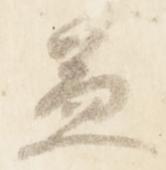
蓋